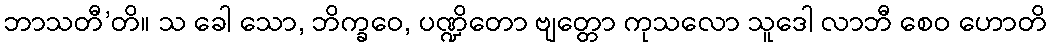
ဘာသတီ’တိ။ သ ခေါ သော, ဘိက္ခဝေ, ပဏ္ဍိတော ဗျတ္တော ကုသလော သူဒေါ လာဘီ စေဝ ဟောတိ